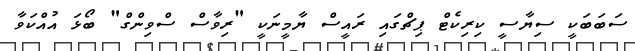
ސަަބަބަކީ ސިޔާސީ ކިރިކެޓް ޕިޗްގައި ރައީސް ޔާމީނަކީ "ރިވާސް ސްވިންގް" ބޯޅަ އުއްކަވާ